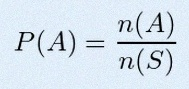
P(A)=\frac{n(A)}{n(S)}